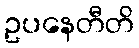
ဥပနေတီတိ